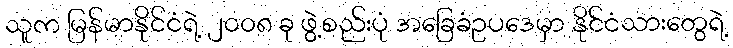
သူက မြန်မာနိုင်ငံရဲ့ ၂၀၀၈ ခု ဖွဲ့စည်းပုံ အခြေခံဥပဒေမှာ နိုင်ငံသားတွေရဲ့